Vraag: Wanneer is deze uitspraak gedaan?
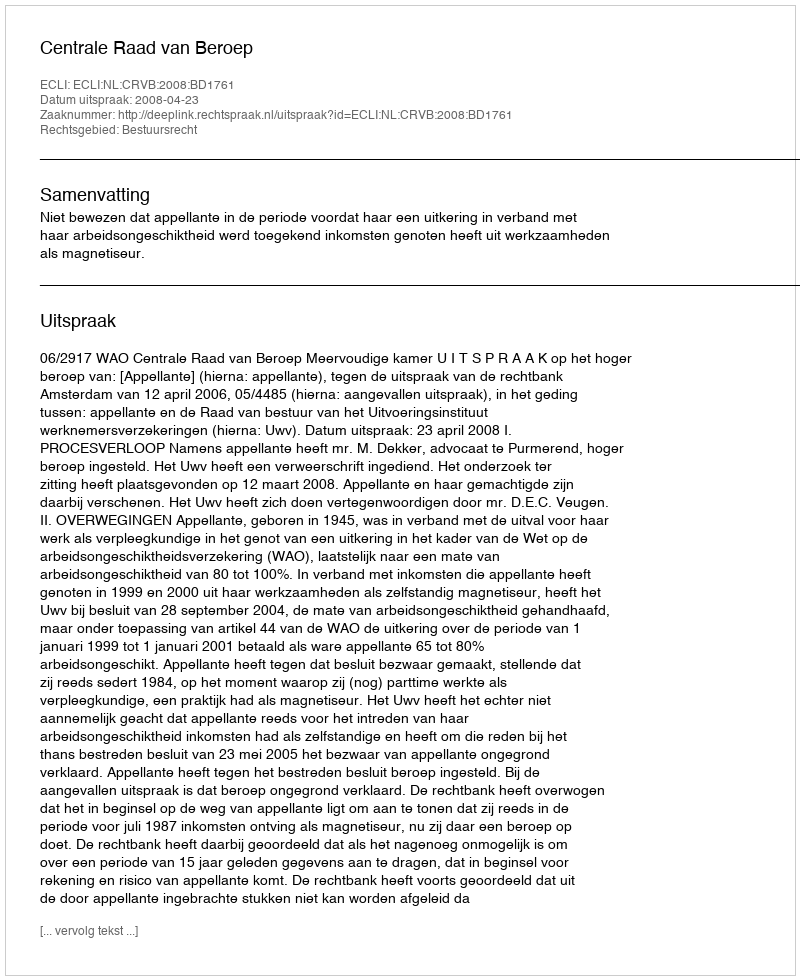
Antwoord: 2008-04-23